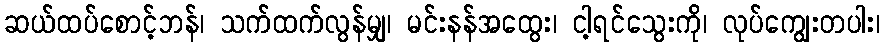
ဆယ်ထပ်စောင့်ဘန်၊ သက်ထက်လွန်မျှ၊ မင်းနန်အထွေး၊ ငါ့ရင်သွေးကို၊ လုပ်ကျွေးတပါး၊